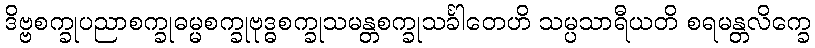
ဒိဗ္ဗစက္ခုပညာစက္ခုဓမ္မစက္ခုဗုဒ္ဓစက္ခုသမန္တစက္ခုသင်္ခါတေဟိ သမ္ပသာရီယတိ စရမန္တလိက္ခေ